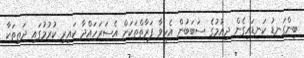
ބިންގަނޑު ކަނޑައިގެން ދިއުމުގެ ސަބަބުން އެހީވާ ފަރާތްތަކަށް އެސަރަހައްދާ ކައިރި ކުރުމުގައި ދަތިތަކާ